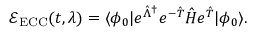
\mathcal E _ { \mathrm { E C C } } ( t , \lambda ) = \langle \phi _ { 0 } \vert e ^ { \hat { \Lambda } ^ { \dagger } } e ^ { - \hat { T } } \hat { H } e ^ { \hat { T } } \vert \phi _ { 0 } \rangle .